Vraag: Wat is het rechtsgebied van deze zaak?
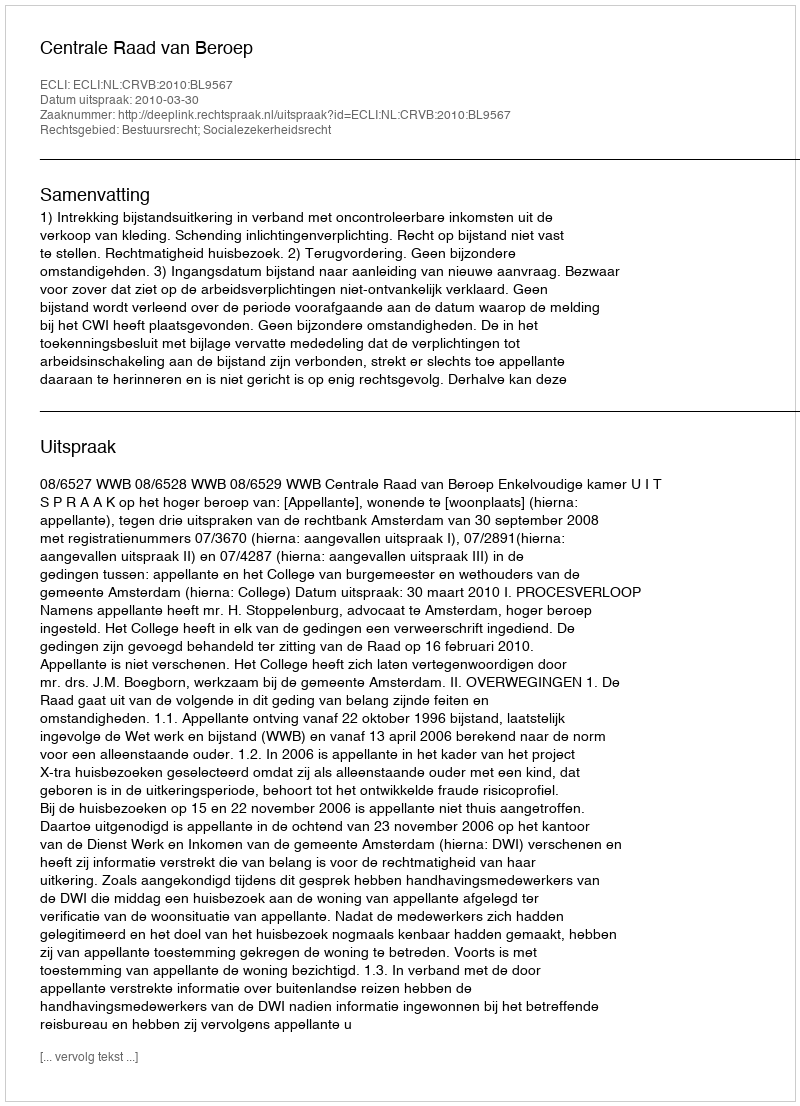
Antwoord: Bestuursrecht; Socialezekerheidsrecht